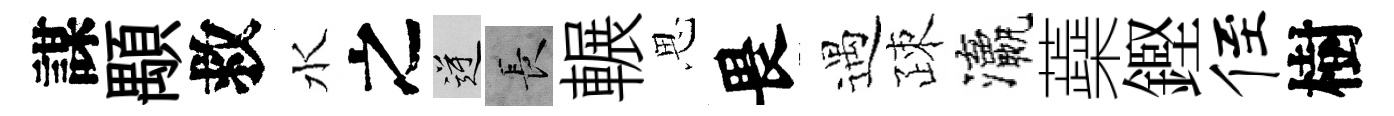
謀顒救水之逆长輾思畏遇疎瀛蘃鏗侄樹